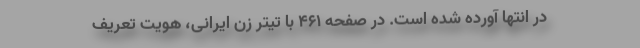
در انتها آورده شده است. در صفحهٔ ۴۶۱ با تیتر زن ایرانی، هویت تعریف